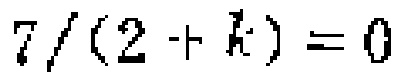
$7/(2 + k)=0$